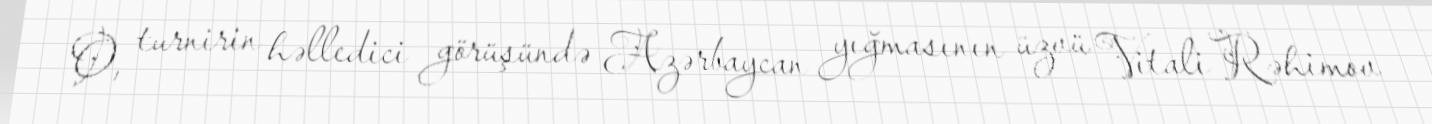
O, turnirin həlledici görüşündə Azərbaycan yığmasının üzvü Vitali Rəhimov